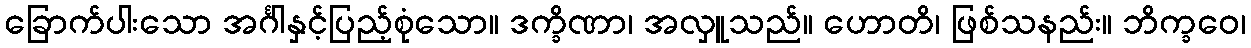
ခြောက်ပါးသော အင်္ဂါနှင့်ပြည့်စုံသော။ ဒက္ခိဏာ၊ အလှူသည်။ ဟောတိ၊ ဖြစ်သနည်း။ ဘိက္ခဝေ၊